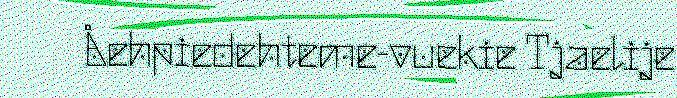
Åehpiedehteme-vuekie Tjaelije